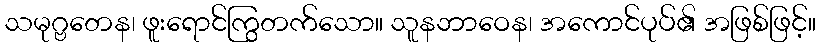
သမုဂ္ဗတေန၊ ဖူးရောင်ကြွတက်သော။ သူနဘာဝေန၊ အကောင်ပုပ်၏ အဖြစ်ဖြင့်။